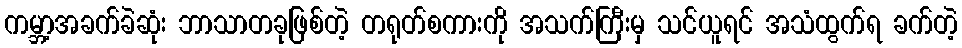
ကမ္ဘာ့အခက်ခဲဆုံး ဘာသာတခုဖြစ်တဲ့ တရုတ်စကားကို အသက်ကြီးမှ သင်ယူရင် အသံထွက်ရ ခက်တဲ့